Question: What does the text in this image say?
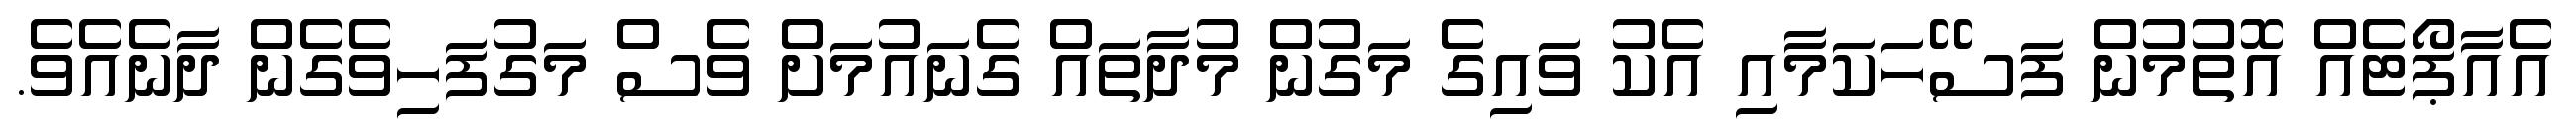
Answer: އެއާޕޯޓެއް އޮތުމުން ފަސޭހަކަމާއި އެކު ވައިގެ މަގުން މުދާތައް ގެނައުމަށް ވެސް މަގުފަހިވެގެން ދާނެއެވެ.